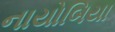
નાયોબિયા